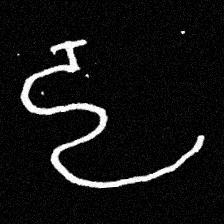
Pyu character \u2014 Myanmar letter: ဠ (romanized: lla)